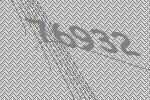
76932